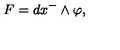
F = d x ^ { - } \wedge \varphi ,